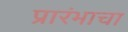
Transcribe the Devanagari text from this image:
प्रारंभाचा